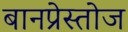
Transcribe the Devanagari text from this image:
बानप्रेस्तोज